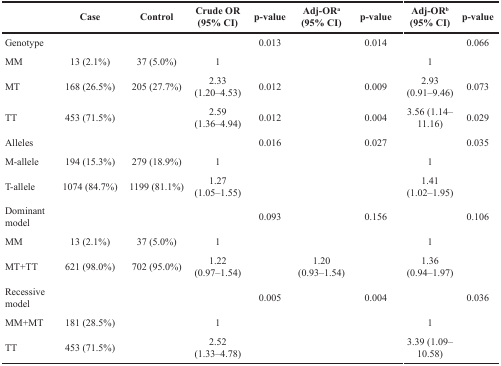
<table><thead><tr><td>[EMPTY_CELL]</td><td><b>Case</b></td><td><b>Control</b></td><td><b>Crude OR(95% CI)</b></td><td><b>p-value</b></td><td><b>Adj-OR<sup>a</sup>(95% CI)</b></td><td><b>p-value</b></td><td><b>Adj-OR<sup>b</sup>(95% CI)</b></td><td><b>p-value</b></td></tr></thead><tbody><tr><td>Genotype</td><td>[EMPTY_CELL]</td><td>[EMPTY_CELL]</td><td>[EMPTY_CELL]</td><td>0.013</td><td>[EMPTY_CELL]</td><td>0.014</td><td>[EMPTY_CELL]</td><td>0.066</td></tr><tr><td>MM</td><td>13 (2.1%)</td><td>37 (5.0%)</td><td>1</td><td>[EMPTY_CELL]</td><td>[EMPTY_CELL]</td><td>[EMPTY_CELL]</td><td>1</td><td>[EMPTY_CELL]</td></tr><tr><td>MT</td><td>168 (26.5%)</td><td>205 (27.7%)</td><td>2.33 (1.20–4.53)</td><td>0.012</td><td>[EMPTY_CELL]</td><td>0.009</td><td>2.93 (0.91–9.46)</td><td>0.073</td></tr><tr><td>TT</td><td>453 (71.5%)</td><td>[EMPTY_CELL]</td><td>2.59 (1.36–4.94)</td><td>0.012</td><td>[EMPTY_CELL]</td><td>0.004</td><td>3.56 (1.14–11.16)</td><td>0.029</td></tr><tr><td>Alleles</td><td>[EMPTY_CELL]</td><td>[EMPTY_CELL]</td><td>[EMPTY_CELL]</td><td>0.016</td><td>[EMPTY_CELL]</td><td>0.027</td><td>[EMPTY_CELL]</td><td>0.035</td></tr><tr><td>M-allele</td><td>194 (15.3%)</td><td>279 (18.9%)</td><td>1</td><td>[EMPTY_CELL]</td><td>[EMPTY_CELL]</td><td>[EMPTY_CELL]</td><td>1</td><td>[EMPTY_CELL]</td></tr><tr><td>T-allele</td><td>1074 (84.7%)</td><td>1199 (81.1%)</td><td>1.27 (1.05–1.55)</td><td>[EMPTY_CELL]</td><td>[EMPTY_CELL]</td><td>[EMPTY_CELL]</td><td>1.41 (1.02–1.95)</td><td>[EMPTY_CELL]</td></tr><tr><td>Dominant model</td><td>[EMPTY_CELL]</td><td>[EMPTY_CELL]</td><td>[EMPTY_CELL]</td><td>0.093</td><td>[EMPTY_CELL]</td><td>0.156</td><td>[EMPTY_CELL]</td><td>0.106</td></tr><tr><td>MM</td><td>13 (2.1%)</td><td>37 (5.0%)</td><td>1</td><td>[EMPTY_CELL]</td><td>[EMPTY_CELL]</td><td>[EMPTY_CELL]</td><td>1</td><td>[EMPTY_CELL]</td></tr><tr><td>MT+TT</td><td>621 (98.0%)</td><td>702 (95.0%)</td><td>1.22 (0.97–1.54)</td><td>[EMPTY_CELL]</td><td>1.20 (0.93–1.54)</td><td>[EMPTY_CELL]</td><td>1.36 (0.94–1.97)</td><td>[EMPTY_CELL]</td></tr><tr><td>Recessive model</td><td>[EMPTY_CELL]</td><td>[EMPTY_CELL]</td><td>[EMPTY_CELL]</td><td>0.005</td><td>[EMPTY_CELL]</td><td>0.004</td><td>[EMPTY_CELL]</td><td>0.036</td></tr><tr><td>MM+MT</td><td>181 (28.5%)</td><td>[EMPTY_CELL]</td><td>1</td><td>[EMPTY_CELL]</td><td>[EMPTY_CELL]</td><td>[EMPTY_CELL]</td><td>1</td><td>[EMPTY_CELL]</td></tr><tr><td>TT</td><td>453 (71.5%)</td><td>[EMPTY_CELL]</td><td>2.52 (1.33–4.78)</td><td>[EMPTY_CELL]</td><td>[EMPTY_CELL]</td><td>[EMPTY_CELL]</td><td>3.39 (1.09–10.58)</td><td>[EMPTY_CELL]</td></tr></tbody></table>